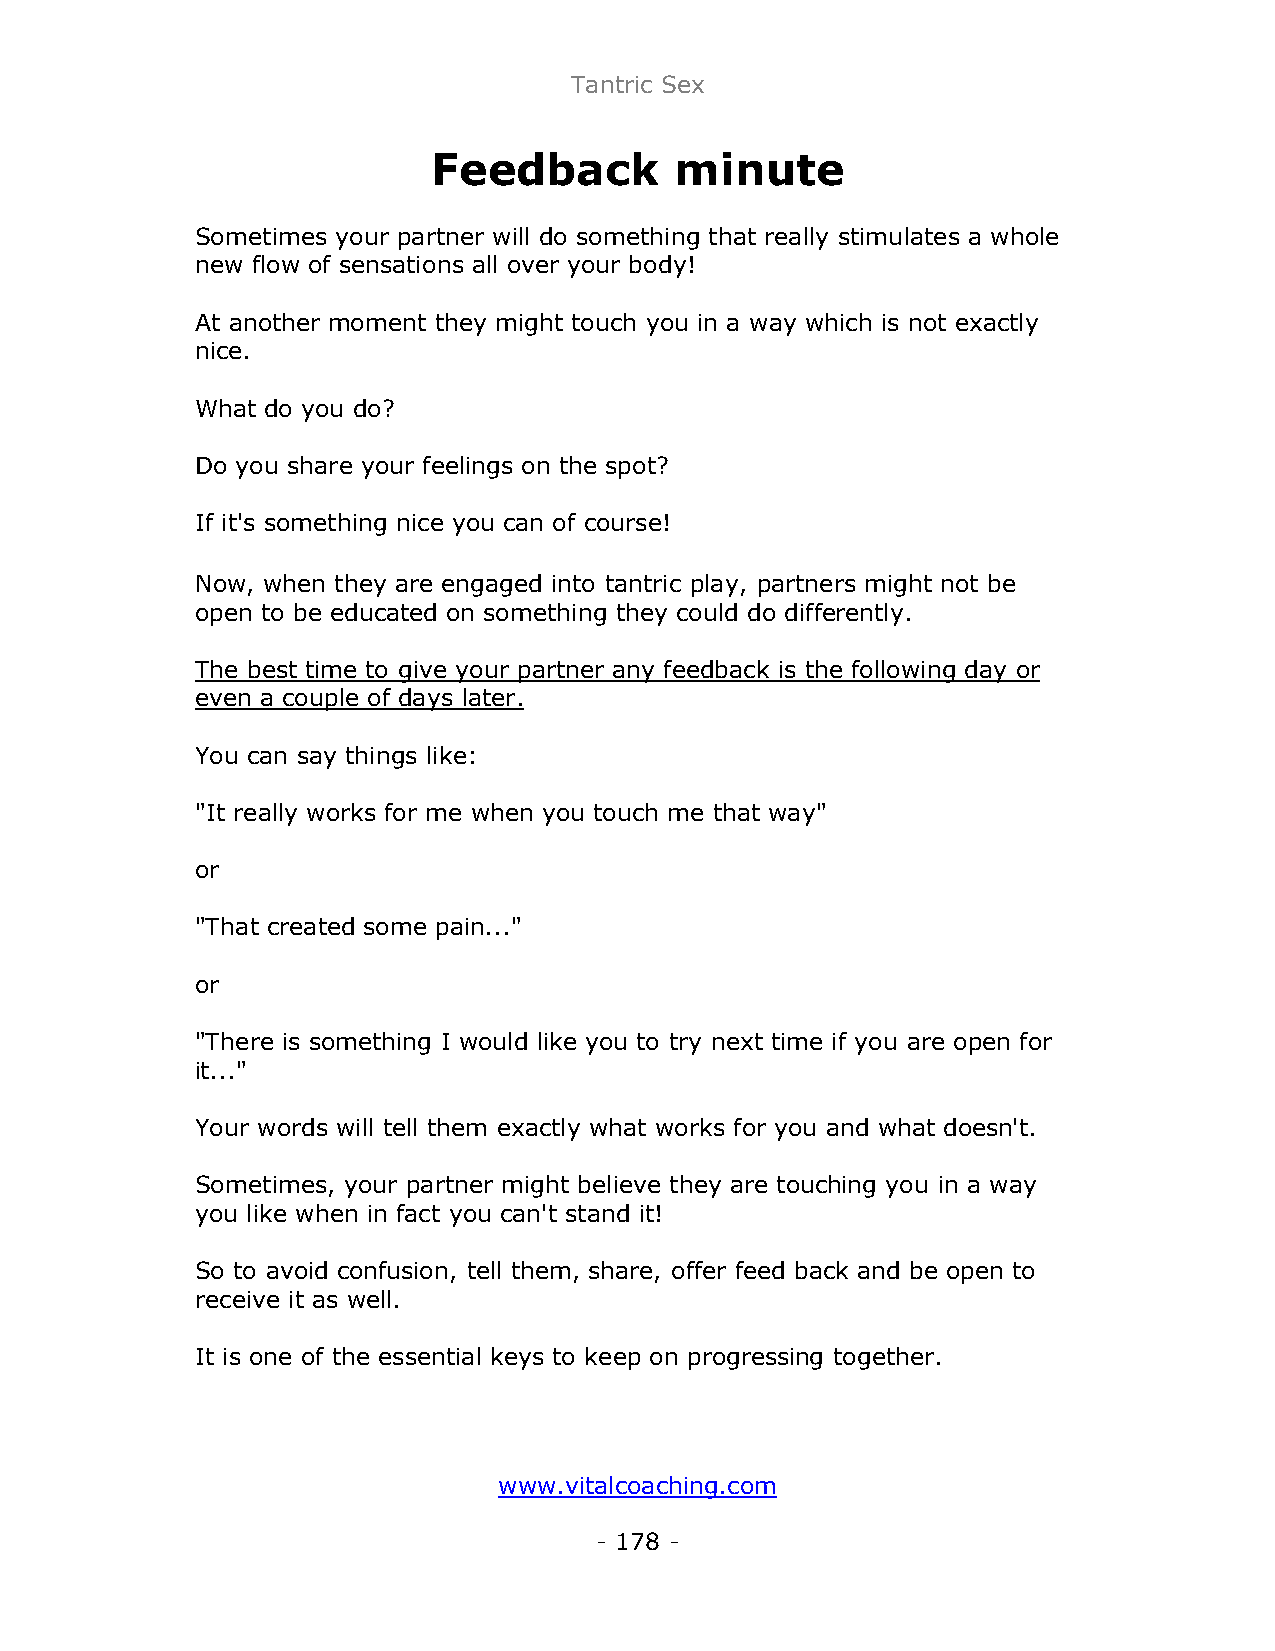
Tantric Sex
 Feedback        minute
 Sometimes your partner will do something that really stimulates a whole
 new flow of sensations all over your body!
 At another moment they might touch you in a way which is not exactly
 nice.
 What do you do?
 Do you share your feelings on the spot?
 If it's something nice you can of course!
 Now, when they are engaged into tantric play, partners might not be
 open to be educated on something they could do differently.
 The best time to give your partner any feedback is the following day or
 even a couple of days later.
 You can say things like:
 "It really works for me when you touch me that way"
 or
 "That created some pain..."
 or
 "There is something I would like you to try next time if you are open for
 it..."
 Your words will tell them exactly what works for you and what doesn't.
 Sometimes, your partner might believe they are touching you in a way
 you like when in fact you can't stand it!
 So to avoid confusion, tell them, share, offer feed back and be open to
 receive it as well.
 It is one of the essential keys to keep on progressing together.
 www.vitalcoaching.com
 - 178 -